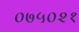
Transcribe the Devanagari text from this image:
०७५०२१